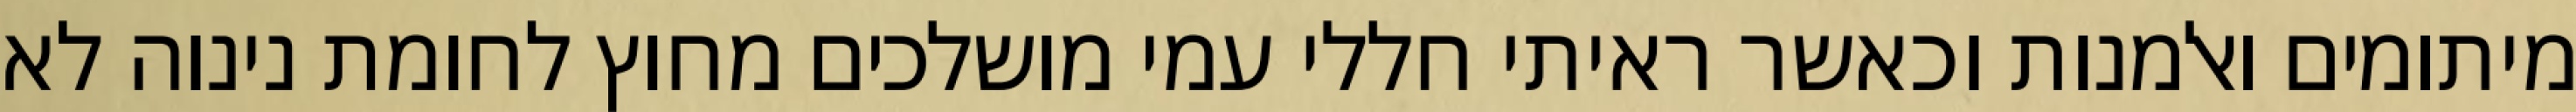
מיתומים ואלמנות וכאשר ראיתי חללי עמי מושלכים מחוץ לחומת נינוה לא